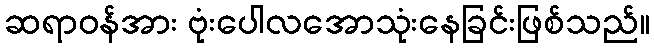
ဆရာဝန်အား ဗုံးပေါလအောသုံးနေခြင်းဖြစ်သည်။